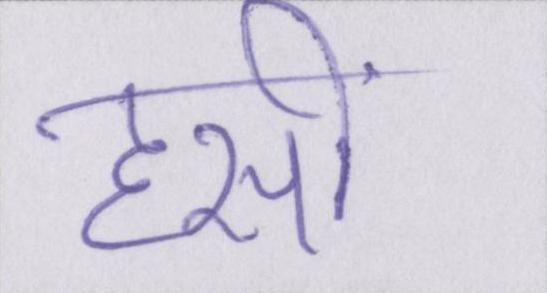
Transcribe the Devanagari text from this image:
हसीं